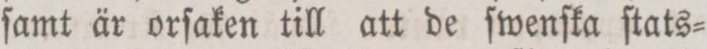
ſamt är orſaken till att de ſwenſka ſtats=